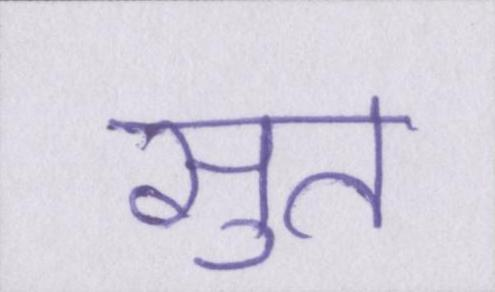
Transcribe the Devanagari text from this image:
सुत